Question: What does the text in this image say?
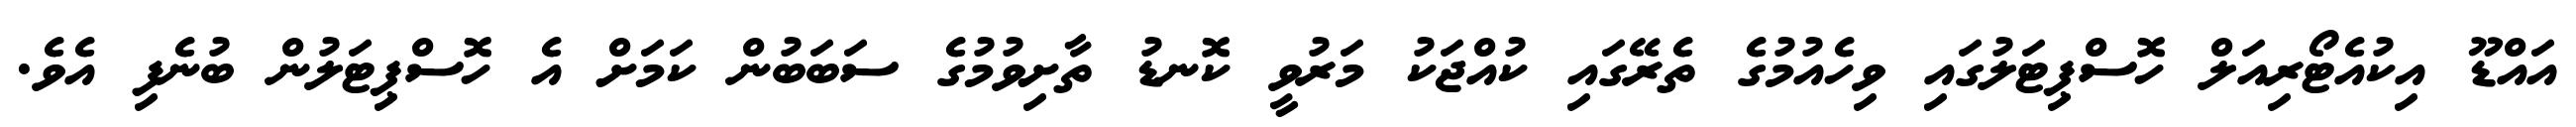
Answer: އައްޑޫ އިކުއެޓޯރިއަލް ހޮސްޕިޓަލުގައި ވިހެއުމުގެ ތެރޭގައި ކުއްޖަކު މަރުވީ ކޮނޑު ތާށިވުމުގެ ސަބަބުން ކަމަށް އެ ހޮސްޕިޓަލުން ބުނެފި އެވެ.